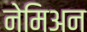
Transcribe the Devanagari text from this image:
नेमिअन